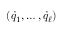
( { \dot { q } } _ { 1 } , \dots , { \dot { q } } _ { \ell } )